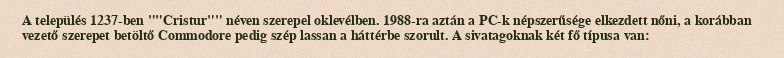
A település 1237-ben ""Cristur"" néven szerepel oklevélben. 1988-ra aztán a PC-k népszerűsége elkezdett nőni, a korábban vezető szerepet betöltő Commodore pedig szép lassan a háttérbe szorult. A sivatagoknak két fő típusa van: